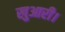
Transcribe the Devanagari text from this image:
खुआरी।